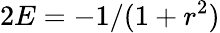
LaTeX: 2E=-1/(1+r^{2})